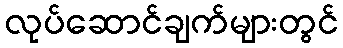
လုပ်ဆောင်ချက်များတွင်